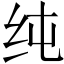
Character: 纯